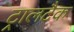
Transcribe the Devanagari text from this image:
ट्रालटैक